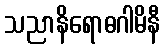
သညာနိရောဓဂါမိနီ